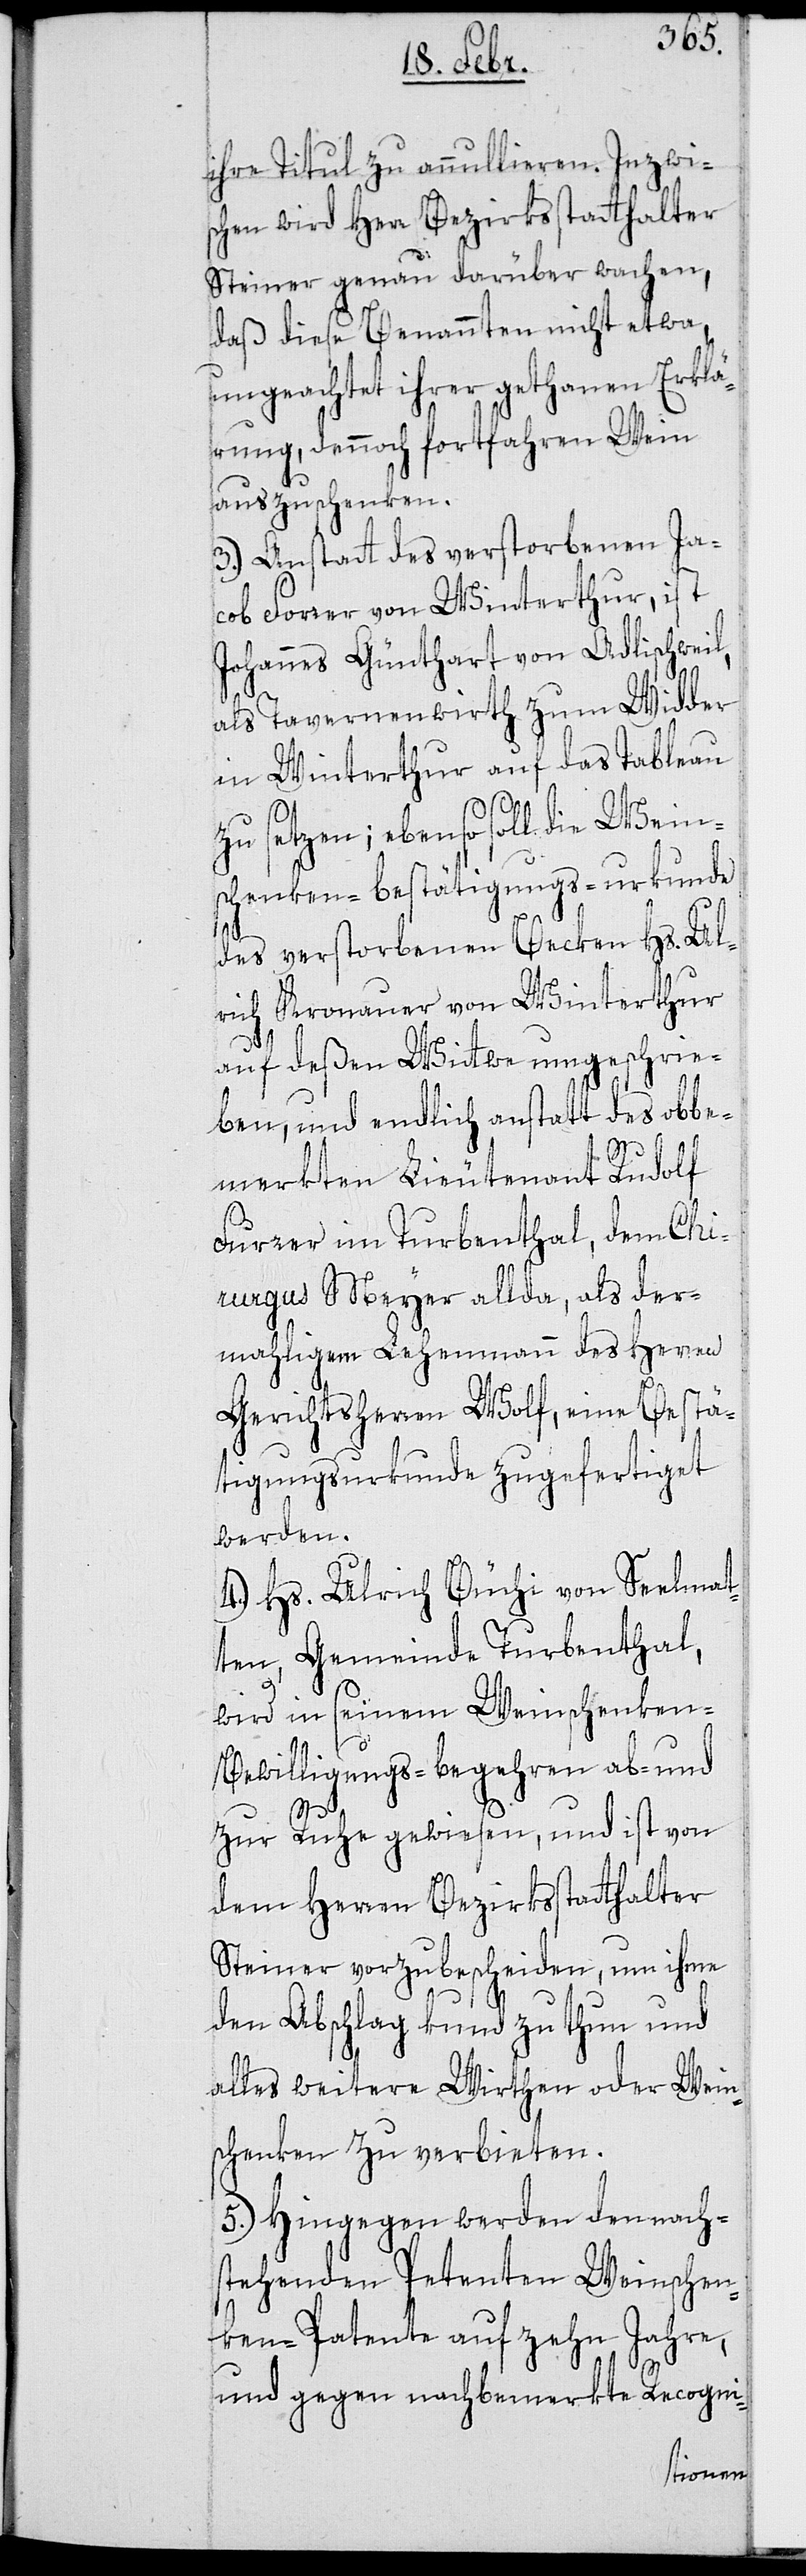
ihre Titul zu annullieren. Inzwi¬
schen wird Herr Bezirksstatthalter
Steiner genau darüber wachen,
daß diese Benannten nicht etwa,
ungeachtet ihrer gethanen Erklä¬
rung, dennoch fortfahren Wein
auszuschenken.
3.) Anstatt des verstorbenen Ja¬
cob Forrer von Winterthur, ist
Johannes Günthart von Adlischweil,
als Tavernenwirth zum Widder
in Winterthur auf das Tableau
zu setzen; ebenso soll die Wein¬
schenken-Bestätigungs-Urkunde
des verstorbenen Becken Hs. Ul¬
rich Kronauer von Winterthur
auf deßen Wittwe umgeschrie¬
ben, und endlich anstatt des obbe¬
merkten Lieutenant Rudolf
Furrer im Turbenthal, dem Chi¬
rurgus Meyer allda, als der¬
mahligem Lehenmann des Herren
Gerichtsherren Wolf, eine Bestä¬
tigungsurkunde zugefertiget
werden.
4.) Hs. Ulrich Büchi von Seelmat¬
ten, Gemeinde Turbenthal,
wird in seinem Weinschenke¬
n-Bewilligungs-Begehren ab- und
zur Ruhe gewiesen, und ist von
dem Herren Bezirksstatthalter
Steiner vorzubescheiden, um ihme
den Abschlag kund zu thun und
alles weitere Wirthen oder Wein¬
schenken zu verbieten.
5.) Hingegen werden den nach¬
stehenden Petenten Weinschen¬
ken-Patente auf zehn Jahre,
und gegen nachbemerkte Recogni-